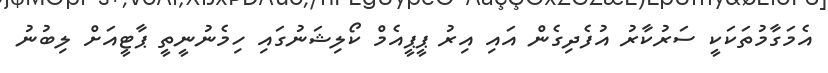
އެމަގާމުތަކަކީ ސަރުކާރު އުފެދިގެން އައި އިރު ޕީޕީއެމް ކޯލިޝަނުގައި ހިމެނުނީތީ ޕާޓީއަށް ލިބުނު